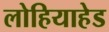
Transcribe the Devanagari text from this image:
लोहियाहेड